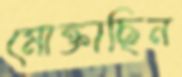
মোক্তাছিন